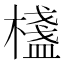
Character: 𣛷